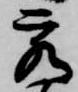
客